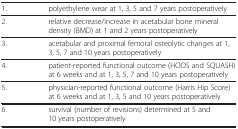
<table><thead><tr><td><b> </b></td><td><b> </b></td></tr></thead><tbody><tr><td>1.</td><td>polyethylene wear at 1, 3, 5 and 7 years postoperatively</td></tr><tr><td>2.</td><td>relative decrease/increase in acetabular bone mineral density (BMD) at 1 and 2 years postoperatively</td></tr><tr><td>3.</td><td>acetabular and proximal femoral osteolytic changes at 1, 3, 5, 7 and 10 years postoperatively</td></tr><tr><td>4.</td><td>patient-reported functional outcome (HOOS and SQUASH) at 6 weeks and at 1, 3, 5, 7 and 10 years postoperatively</td></tr><tr><td>5.</td><td>physician-reported functional outcome (Harris Hip Score) at 6 weeks and at 1, 3, 5 and 10 years postoperatively</td></tr><tr><td>6.</td><td>survival (number of revisions) determined at 5 and 10 years postoperatively</td></tr></tbody></table>